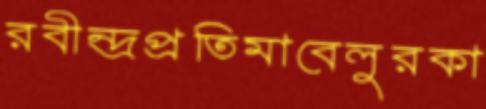
রবীন্দ্রপ্রতিমাবেলুরকা